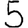
Digit: 5